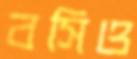
বসিও